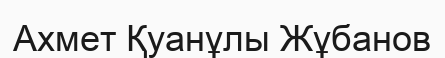
Ахмет Қуанұлы Жұбанов